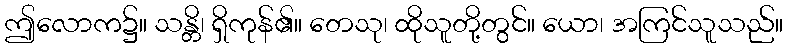
ဤလောက၌။ သန္တိ၊ ရှိကုန်၏။ တေသု၊ ထိုသူတို့တွင်။ ယော၊ အကြင်သူသည်။